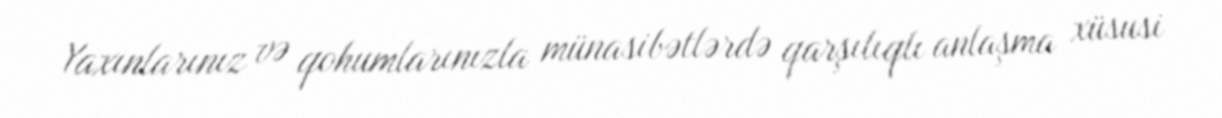
Yaxınlarınız və qohumlarınızla münasibətlərdə qarşılıqlı anlaşma xüsusi